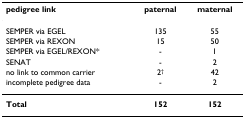
<table><thead><tr><td><b>pedigree link</b></td><td><b>paternal</b></td><td><b>maternal</b></td></tr></thead><tbody><tr><td>SEMPER via EGEL</td><td>135</td><td>55</td></tr><tr><td>SEMPER via REXON</td><td>15</td><td>50</td></tr><tr><td>SEMPER via EGEL/REXON*</td><td>-</td><td>1</td></tr><tr><td>SENAT</td><td>-</td><td>2</td></tr><tr><td>no link to common carrier</td><td>2<sup>†</sup></td><td>42</td></tr><tr><td>incomplete pedigree data</td><td>-</td><td>2</td></tr><tr><td><b>Total</b></td><td><b>152</b></td><td><b>152</b></td></tr></tbody></table>